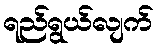
ရည်ရွယ်လျက်